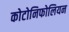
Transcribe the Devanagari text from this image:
कोटोनिफोलियन